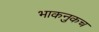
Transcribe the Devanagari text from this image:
भाकनुकच